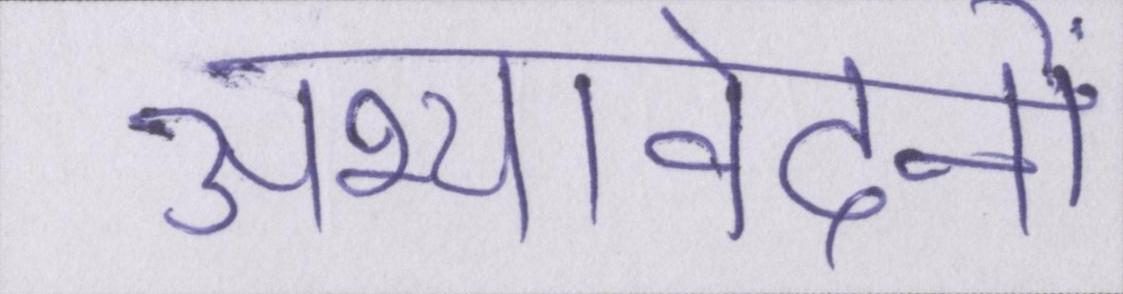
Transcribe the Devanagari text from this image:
अभ्यावेदनों